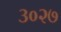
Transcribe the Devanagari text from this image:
३०२७